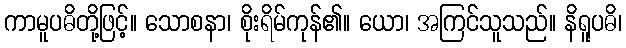
ကာမူပဓိတို့ဖြင့်။ သောစနာ၊ စိုးရိမ်ကုန်၏။ ယော၊ အကြင်သူသည်။ နိရူပဓိ၊